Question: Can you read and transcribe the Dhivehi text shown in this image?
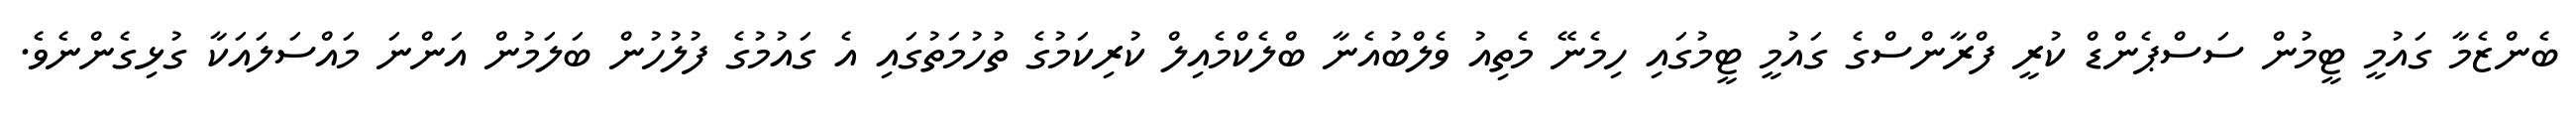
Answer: ބެންޒެމާ ގައުމީ ޓީމުން ސަސްޕެންޑް ކުރީ ފްރާންސްގެ ގައުމީ ޓީމުގައި ހިމެނޭ މެތިއު ވެލްބުއެނާ ބްލެކްމެއިލް ކުރިކަމުގެ ތުހުމަތުގައި އެ ގައުމުގެ ފުލުހުން ބަލަމުން އަންނަ މައްސަލައަކާ ގުޅިގެންނެވެ.